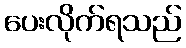
ပေးလိုက်ရသည်